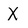
Character: X